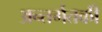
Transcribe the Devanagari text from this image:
अन्तर्गतकी